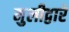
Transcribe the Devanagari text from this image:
मुलीद्वारे